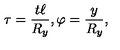
\tau = { \frac { t \ell } { R _ { y } } } , \varphi = { \frac { y } { R _ { y } } } ,